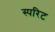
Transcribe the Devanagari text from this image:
स्परिट